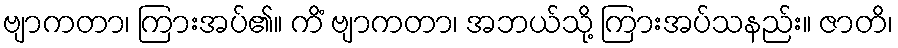
ဗျာကတာ၊ ကြားအပ်၏။ ကိံ ဗျာကတာ၊ အဘယ်သို့ ကြားအပ်သနည်း။ ဇာတိ၊